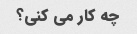
چه کار می کنی؟